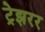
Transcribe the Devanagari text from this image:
ट्रेझरर